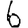
Digit: 6